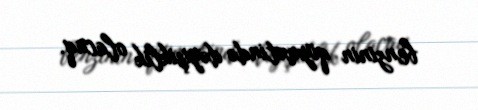
benzinin qiymətində dəyişiklik olacaq.